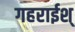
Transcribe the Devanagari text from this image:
गहराईश्